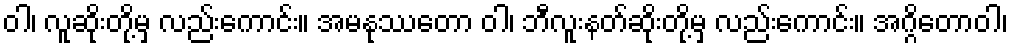
ဝါ၊ လူဆိုးတို့မှ လည်းကောင်း။ အမနုဿတော ဝါ၊ ဘီလူးနတ်ဆိုးတို့မှ လည်းကောင်း။ အဂ္ဂိတောဝါ၊